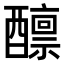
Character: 𫑾